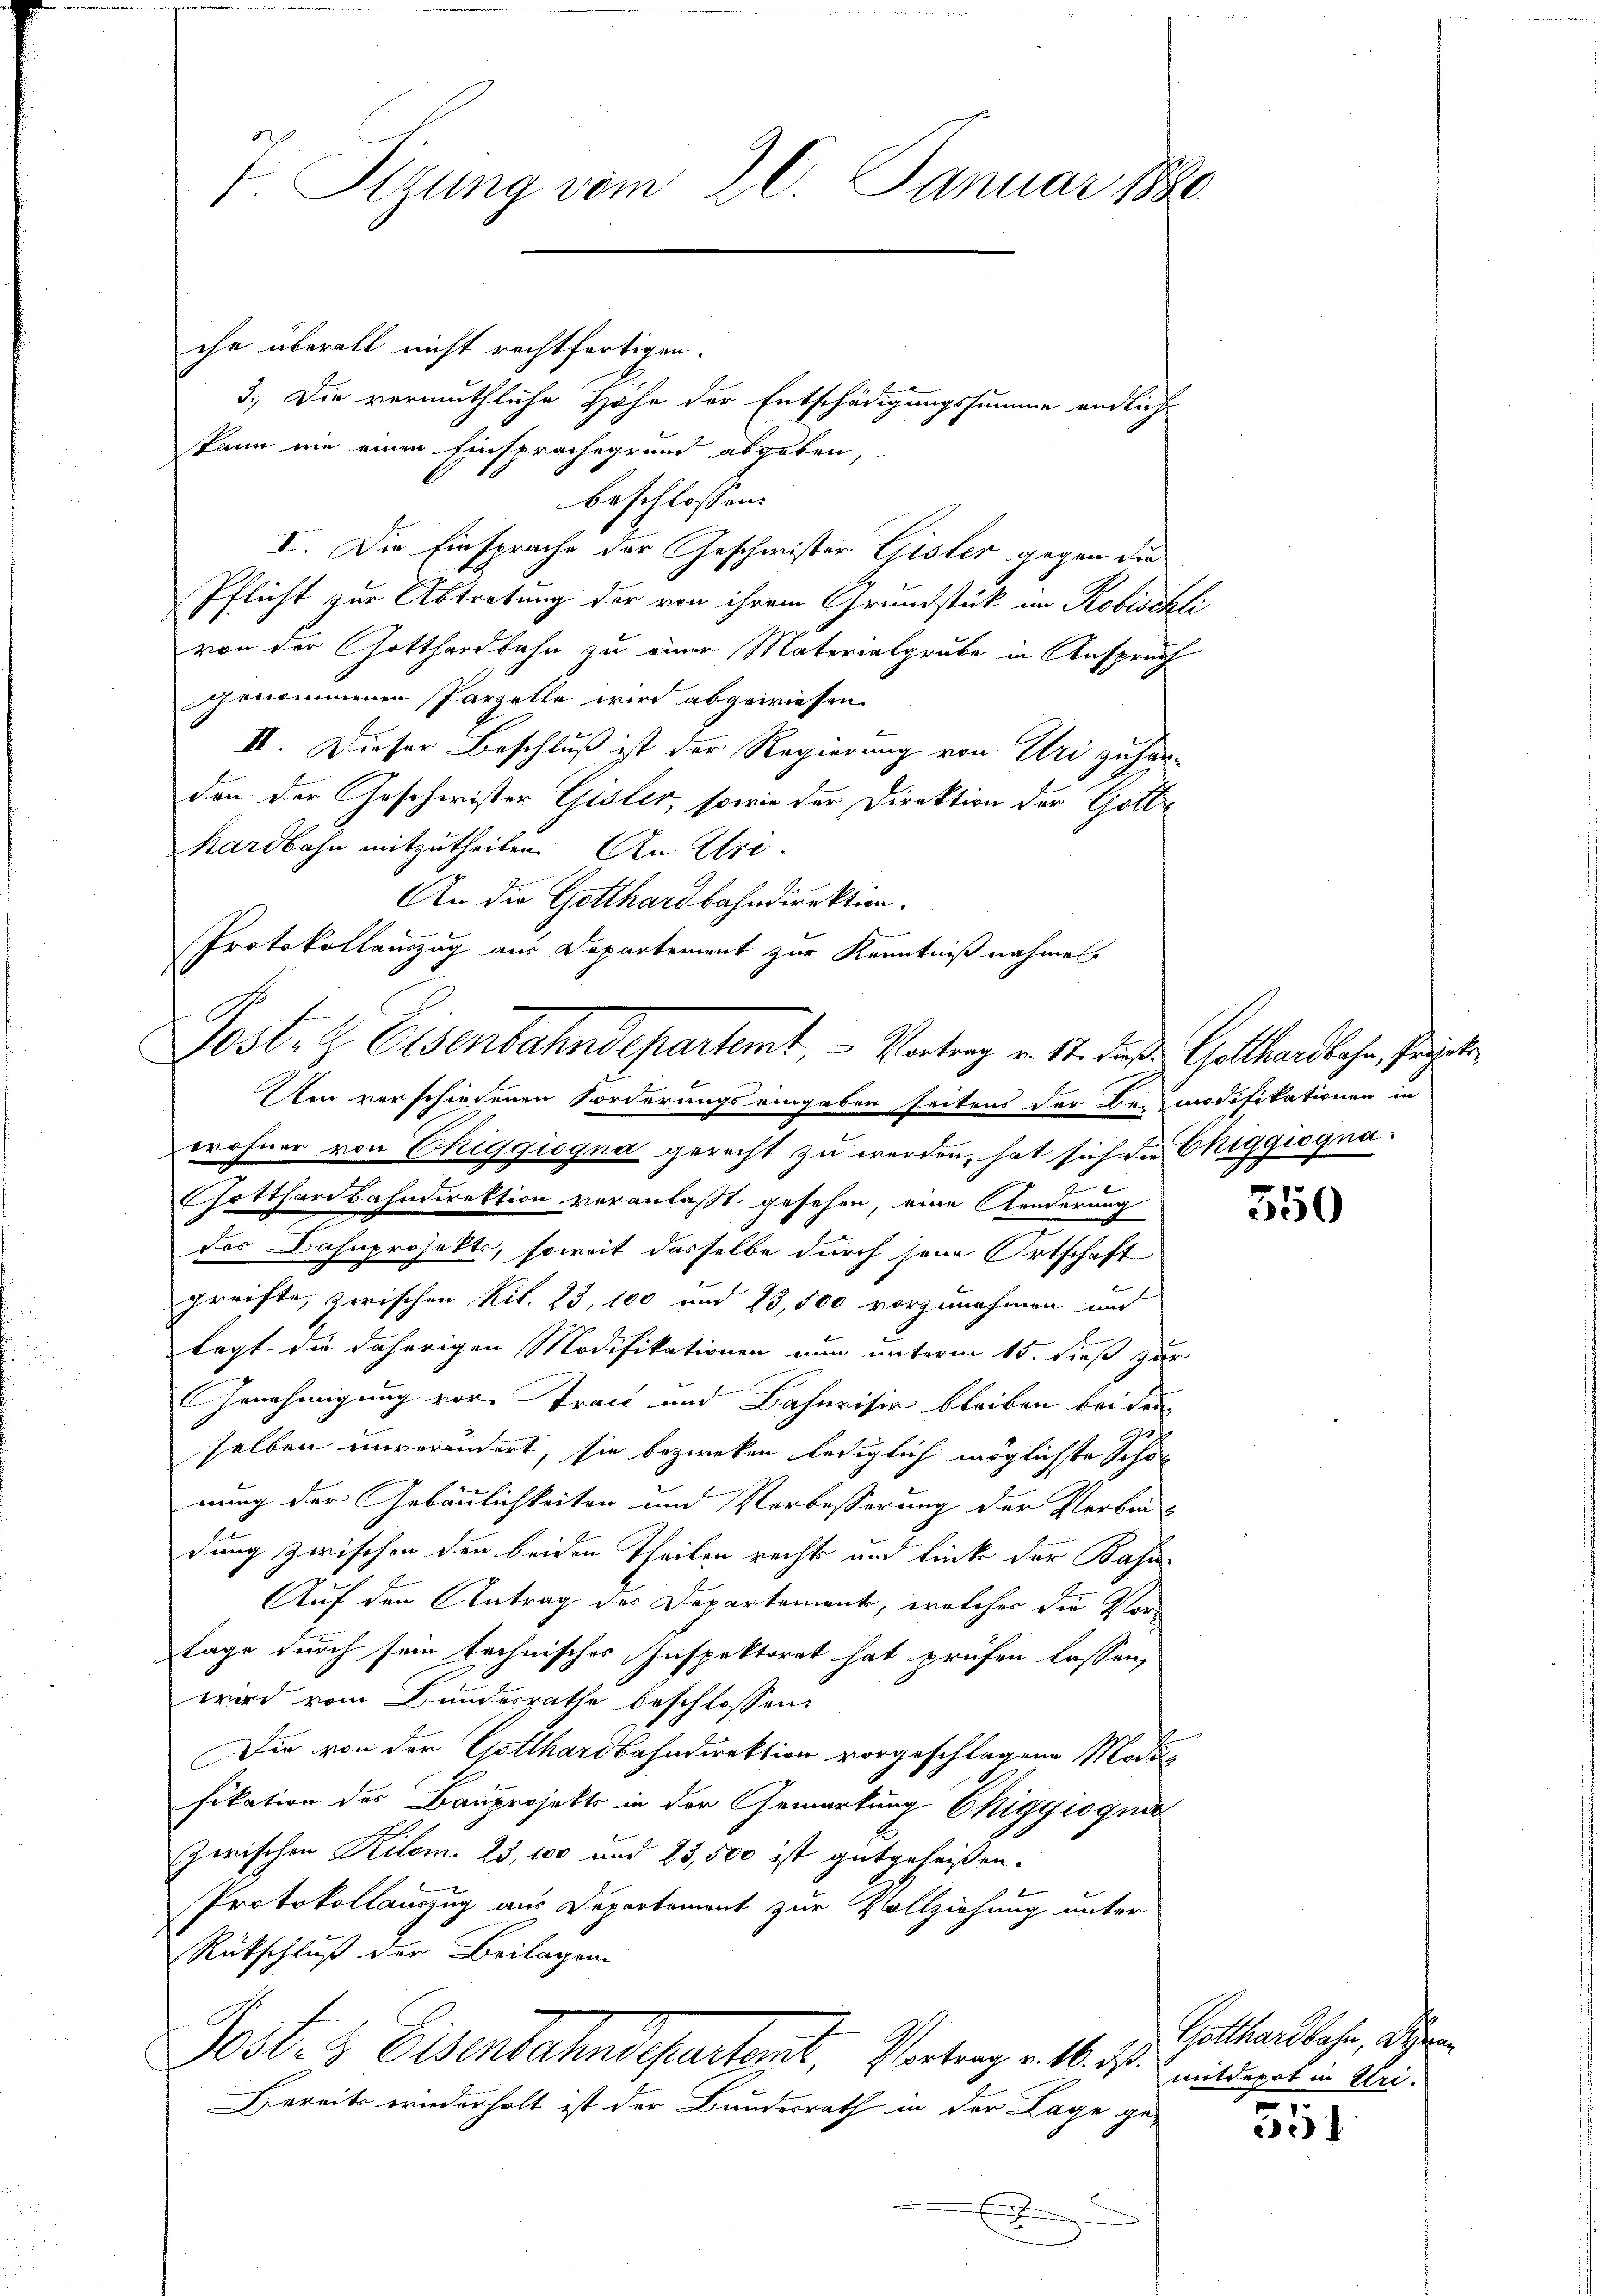
7 Sizung vom 20. Januar 1880.

che überall nicht rechtfertigen.
3.) Die vermuthliche Hohe der Entschädigungssumme endlich
kann nie einen Einsprachegrund abgeben,
beschlossen:
I. Die Einsprache der Geschwister Gisler gegen die
Pflicht zur Abtretung der von ihrem Grundstück im Robischli
von der Gotthardbahn zu einer Materialgrube in Anspruch
genommenen Parzelle wird abgewiesen.
II. Dieser Beschluß ist der Regierung von Uri zuhar-
den der Geschwister Gisler, sowie der Direktion der Gotte
hardbahn mitzutheilen. An Uri
An die Gotthardbahndirektion.
Protokollauszug aus Departement zur Kenntniß nahmen.
Am verschiedenen Forderungs eingaben seitens der Be-modifikationen in
wohner von Chiggiogna gerecht zu werden, hat sich die Chiggiognaf
Gotthardbahndirektion veranlaßt gesehen, eine Aenderung
des Bahnprojekts, soweit dasselbe durch jene Ortschaft
greifte, zwischen Kil. 23, 100 und 23,500 vorzunehmen und
legt die daherigen Modifikationen nun unterm 15. dieß zur
Genehmigung vor Tract und Bahnvisir bleiben bei der
selben unverändert, sie bezweken lediglich möglichste Schön
nung der Gebäulichkeiten und Verbesserung der Verban-
dung zwischen den beiden Theilen rechts und linke der Basis
Auf den Antrag des Departement, welcher die Vor¬
Tage durch sein technisches Inspektorat hat prüfen lassen,
wird vom Bundesrathe beschlossen:
Die von der Gotthardbahndirektion vorgeschlagene Modi
fikation des Bauprojekte in der Gemarkung Ekiggiogna
zwischen Kilome 23, 100 und 23,500 ist gutgeheißen.
Protokollauszug aus Departement zur Vollziehung unter
Rückschluß der Beilagen.
Post- & Eisenbahndepartamt, Portrag v. M. D.
Bereits wiederholt ist der Bundesrath in der Lage ged
x

Post. Eisenbahndepartamt, - Vortrag v. 12. daß Gotthardbahn, Pri

550

Gotthardbahn, Die
mitderot in Uri.
.

e